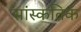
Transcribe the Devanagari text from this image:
सांस्कतिक